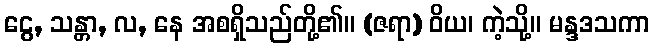
ငွေ, သန္တာ, လ, နေ အစရှိသည်တို့၏။ (ဇရာ) ဝိယ၊ ကဲ့သို့။ မန္ဒဒသကာ